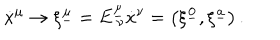
{ \dot { x } } ^ { \mu } \to \xi ^ { \underline { { { \mu } } } } = E _ { \ \nu } ^ { \underline { { { \mu } } } } { \dot { x } } ^ { \nu } = \left( \xi ^ { \underline { { { 0 } } } } , \xi ^ { \underline { { { a } } } } \right) .